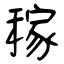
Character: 稼